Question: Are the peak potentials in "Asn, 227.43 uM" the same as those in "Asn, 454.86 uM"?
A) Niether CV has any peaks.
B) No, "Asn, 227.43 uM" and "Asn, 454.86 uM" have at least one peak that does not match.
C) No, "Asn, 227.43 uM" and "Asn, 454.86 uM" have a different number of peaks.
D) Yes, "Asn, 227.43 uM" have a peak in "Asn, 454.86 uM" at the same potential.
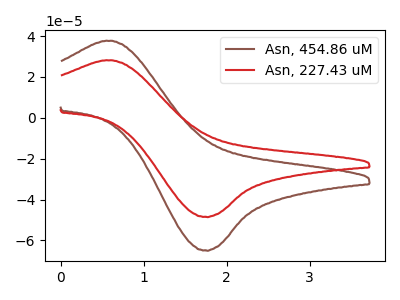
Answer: <think>The brown curve "Asn, 454.86 uM" has an anodic peak at (0.55V, 37.70uA) and a cathodic peak at (1.75V, -64.85uA). The red curve "Asn, 227.43 uM" has an anodic peak at (0.55V, 28.15uA) and a cathodic peak at (1.75V, -48.45uA).</think>
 <answer>D) Yes, "Asn, 227.43 uM" have a peak in "Asn, 454.86 uM" at the same potential.</answer>
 <eval>D</eval>